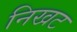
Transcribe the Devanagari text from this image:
निखट